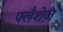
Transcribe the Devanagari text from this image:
फ्लैशेज़